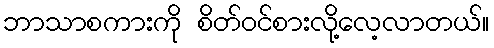
ဘာသာစကားကို စိတ်ဝင်စားလို့လေ့လာတယ်။